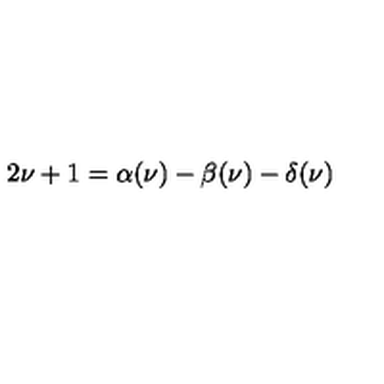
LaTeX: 2 \nu + 1 = \alpha ( \nu ) - \beta ( \nu ) - \delta ( \nu )